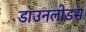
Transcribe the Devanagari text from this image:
डाउनलोडस